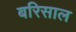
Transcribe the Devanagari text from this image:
बरिसाल